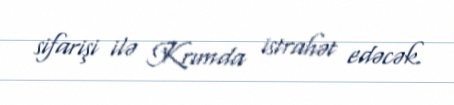
sifarişi ilə Krımda istrahət edəcək.